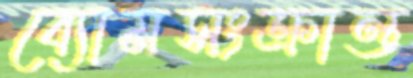
ব্যোমসংক্রান্ত